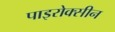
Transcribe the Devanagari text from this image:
पाइरोक्सीन